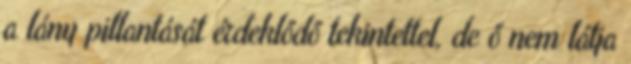
a lány pillantását érdeklődő tekintettel, de ő nem látja